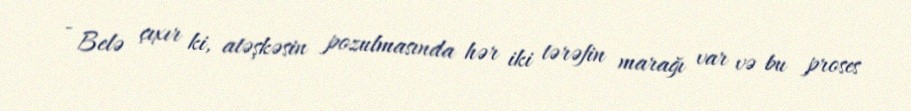
- Belə çıxır ki, atəşkəsin pozulmasında hər iki tərəfin marağı var və bu proses